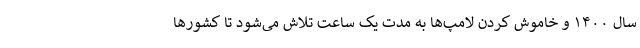
سال ۱۴۰۰ و خاموش کردن لامپ‌ها به مدت یک ساعت تلاش می‌شود تا کشورها